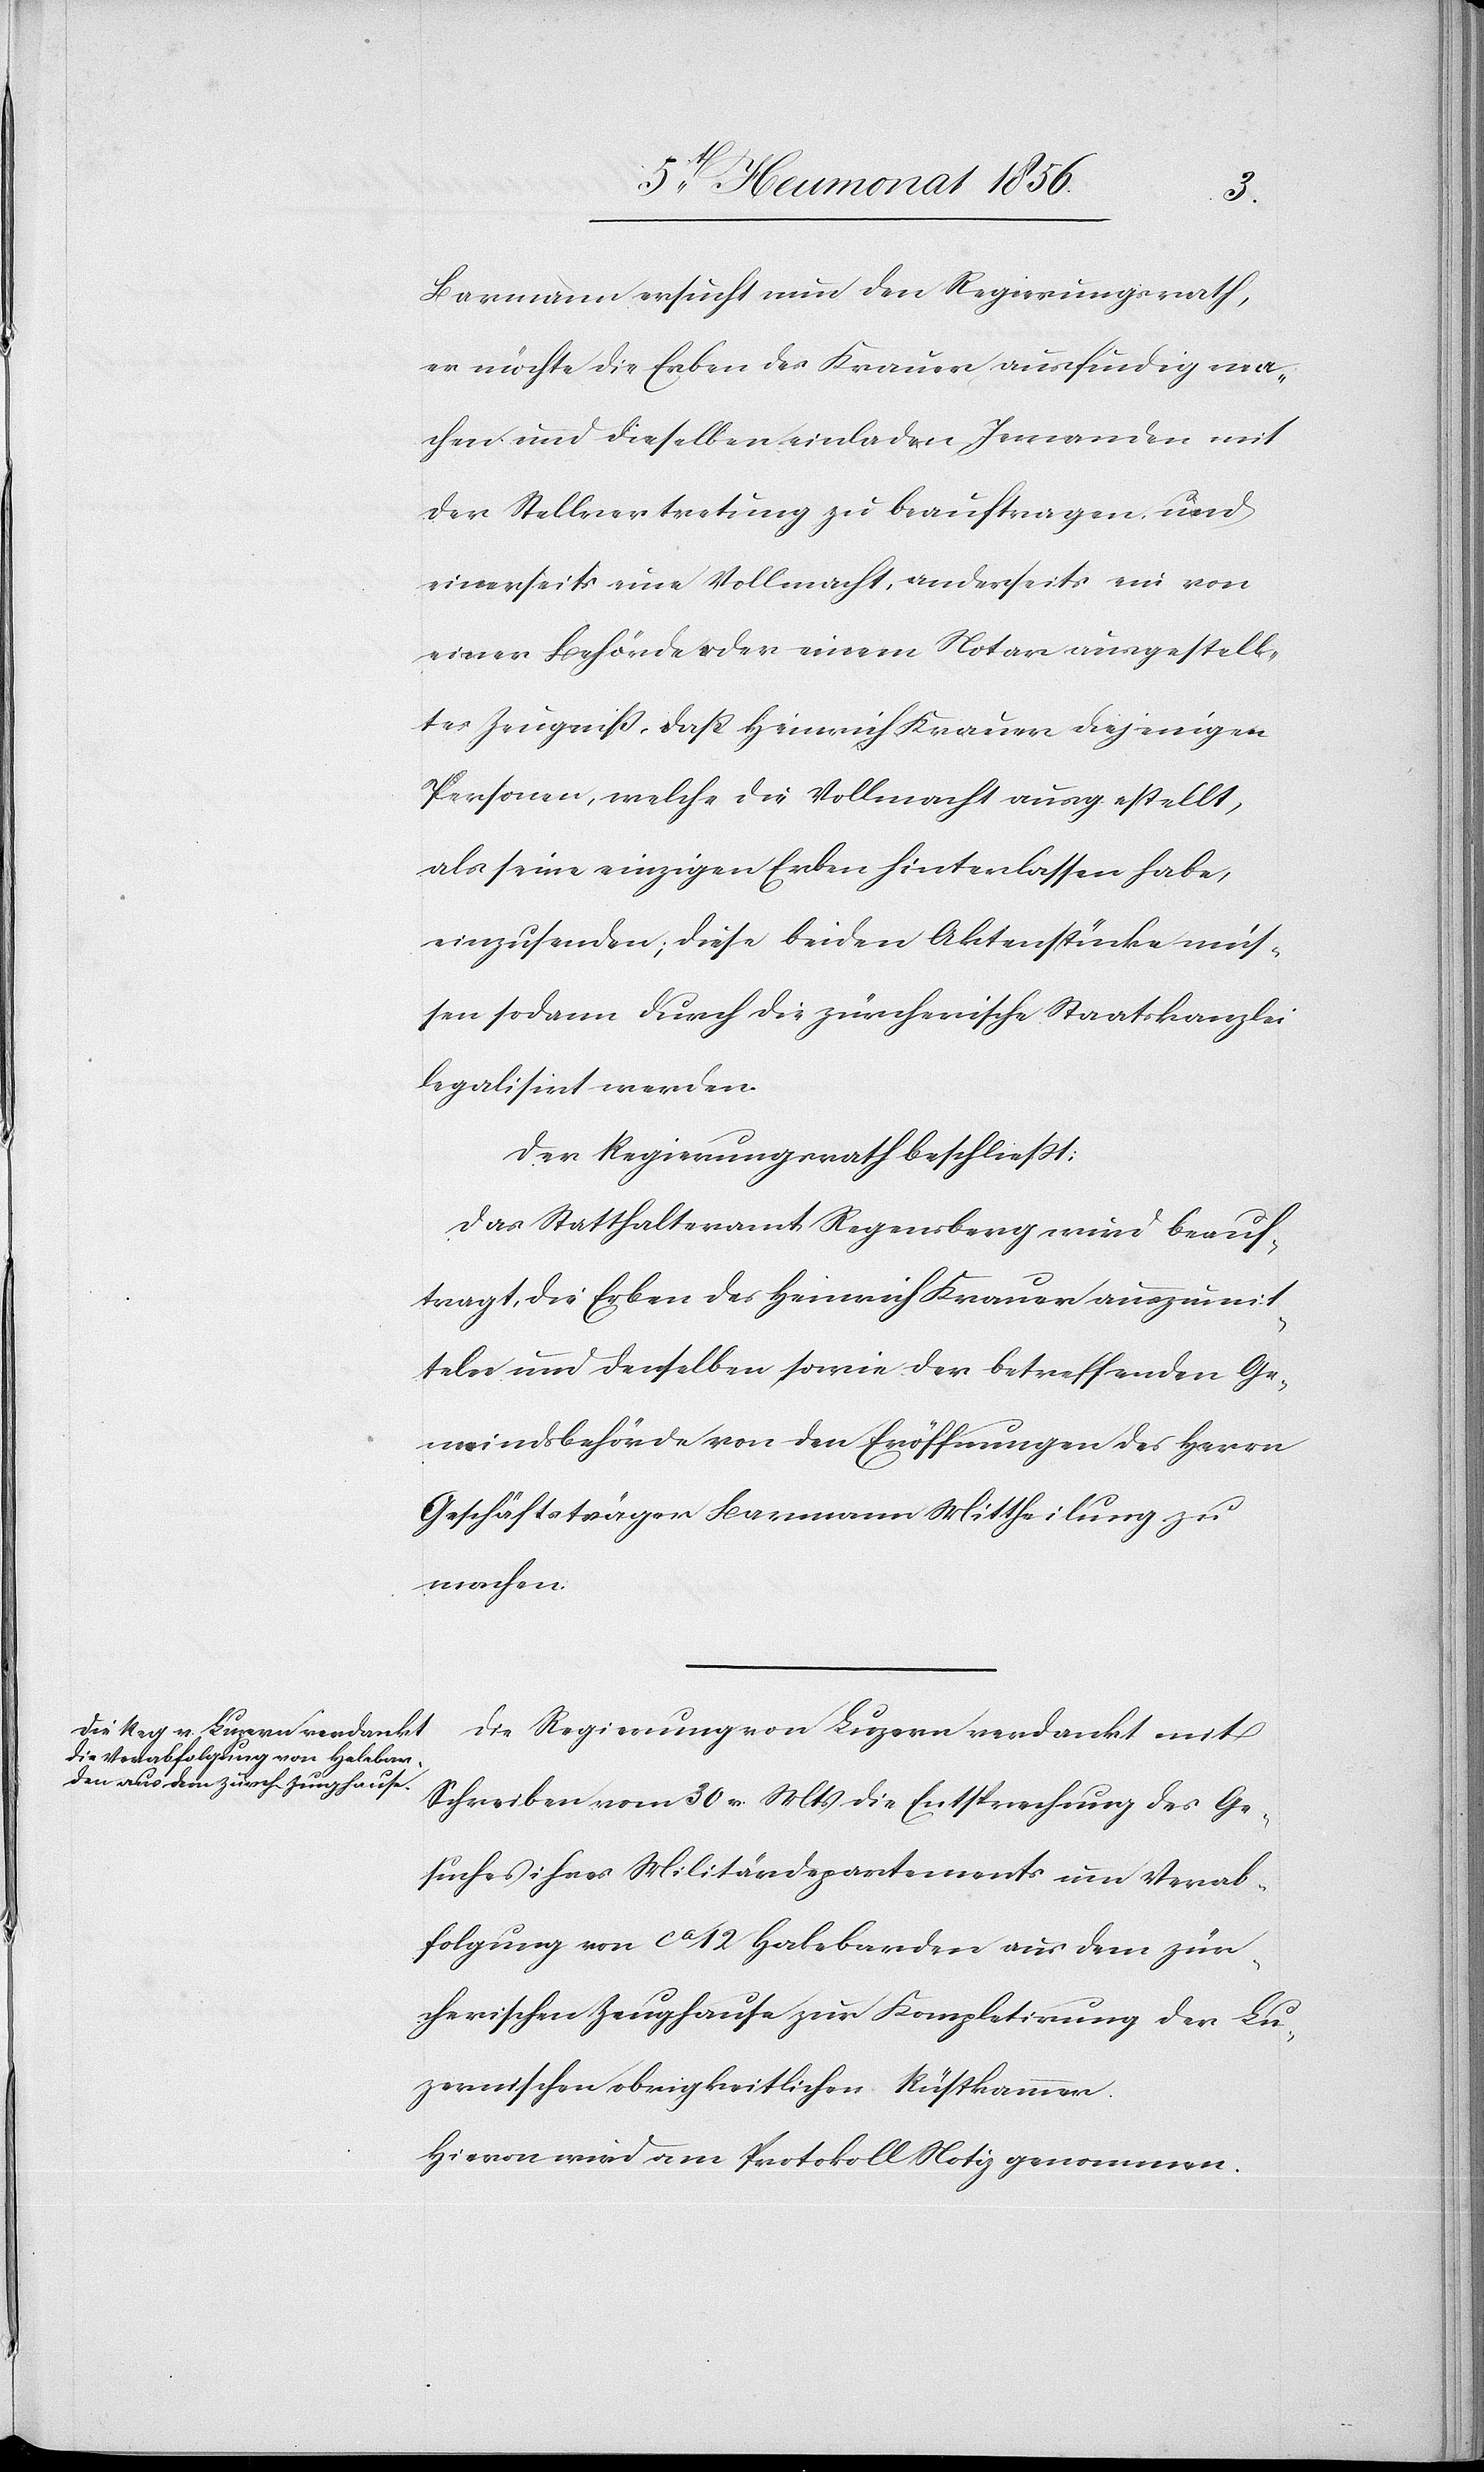
Barmann ersucht nun den Regierungsrath,
er möchte die Erben des Krauer ausfindig ma¬
chen und dieselben einladen Jemanden mit
der Stellvertretung zu beauftragen, und
einerseits eine Vollmacht, anderseits ein von
einer Behörde oder einem Notar ausgestell¬
tes Zeugniss, dass Heinrich Krauer diejenigen
Personen, welche die Vollmacht ausgestellt,
als seine einzigen Erben hinterlassen habe,
einzusenden; diese beiden Aktenstücke müs¬
sen sodann durch die zürcherische Staatskanzlei
legalisirt werden.
Der Regierungsrath beschliesst:
Das Statthalteramt Regensberg wird beauf¬
tragt, die Erben des Heinrich Krauer auszumit¬
teln und denselben sowie der betreffenden Ge¬
meindsbehörde von den Eröffnungen des Herrn
Geschäftsträger Barmann Mittheilung zu
machen.
Die Regierung von Luzern verdankt mit
Schreiben vom 30 v. Mts die Entsprechung des Ge¬
suches ihres Militärdepartements um Verab¬
folgung von ca 12 Halebarden aus dem zür¬
cherischen Zeughause zur Kompletirung der Lu¬
zernischen obrigkeitlichen Rüstkammer.
Hievon wird am Protokoll Notiz genommen.